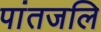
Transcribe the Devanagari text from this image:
पांतजलि